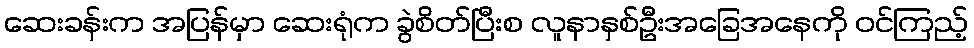
ဆေးခန်းက အပြန်မှာ ဆေးရုံက ခွဲစိတ်ပြီးစ လူနာနှစ်ဦးအခြေအနေကို ဝင်ကြည့်